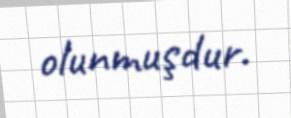
olunmuşdur.